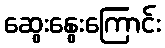
ဆွေးနွေးကြောင်း